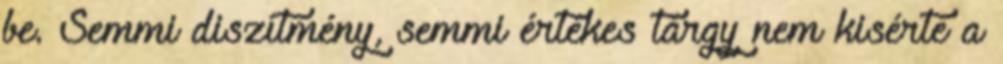
be. Semmi diszítmény, semmi értékes tárgy nem kisérte a